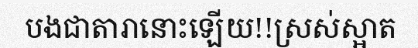
បងជាតារានោះឡើយ!!ស្រស់ស្អាត